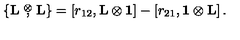
\{ \mathrm { { \bf L } } \stackrel { \otimes } { , } \mathrm { { \bf L } } \} = \left[ r _ { 1 2 } , \mathrm { { \bf L } } \otimes \mathrm { { \bf 1 } } \right] - \left[ r _ { 2 1 } , \mathrm { { \bf 1 } } \otimes \mathrm { { \bf L } } \right] .